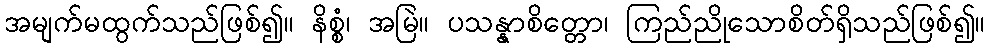
အမျက်မထွက်သည်ဖြစ်၍။ နိစ္စံ၊ အမြဲ။ ပသန္နာစိတ္တော၊ ကြည်ညိုသောစိတ်ရှိသည်ဖြစ်၍။